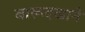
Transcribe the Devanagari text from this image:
बारूदखाने